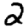
Digit: 2